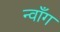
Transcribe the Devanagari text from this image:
न्वाँग